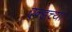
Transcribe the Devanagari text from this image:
एन्डच्या